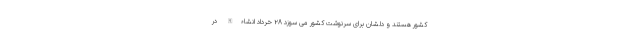
کشور هستند و دلشان برای سرنوشت کشور می سوزد ۲۸ خرداد انشاءالله در